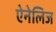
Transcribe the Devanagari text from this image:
ऐनेलिज